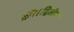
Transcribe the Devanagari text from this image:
की।द्वितीय